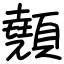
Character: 顤